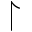
\upharpoonright